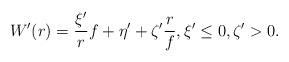
LaTeX: \begin{align*} W'(r) = \frac{\xi'}{r}f + \eta' + \zeta'\frac{r}{f}, \xi' \le 0, \zeta'>0.\end{align*}